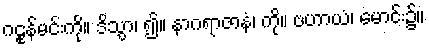
ဂဠုန်မင်းကို။ ဒိသွာ၊ ၍။ နာဂရာဇာနံ၊ ကို။ ဗဟာယံ၊ မောင်း၌။